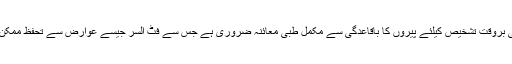
اس مرض کی بروقت تشخیص کیلئے پیروں کا باقاعدگی سے مکمل طبی معائنہ ضروری ہے جس سے فٹ السر جیسے عوارض سے تحفظ ممکن ہو سکتا ہے۔